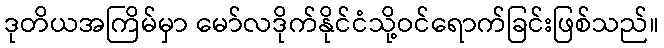
ဒုတိယအကြိမ်မှာ မော်လဒိုက်နိုင်ငံသို့ဝင်ရောက်ခြင်းဖြစ်သည်။